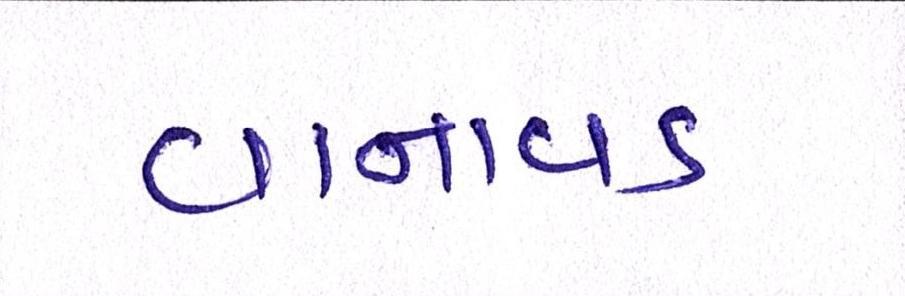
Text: વાનાવડ